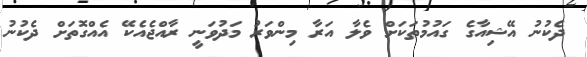
ދެކުނު އޭޝިއާގެ ގައުމުތަކަށް ވެލާ އަރާ މިންވަރު މަދުވަނީ ރާއްޖެއެކޭ އެއްގޮތަށް ދެކުނު